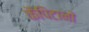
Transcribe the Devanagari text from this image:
कैपिटानो